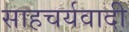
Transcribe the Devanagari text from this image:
साहचर्यवादी